Lunatic asylums Central Provinces reports 1886-1894 - 1886-1894
Year: 1886
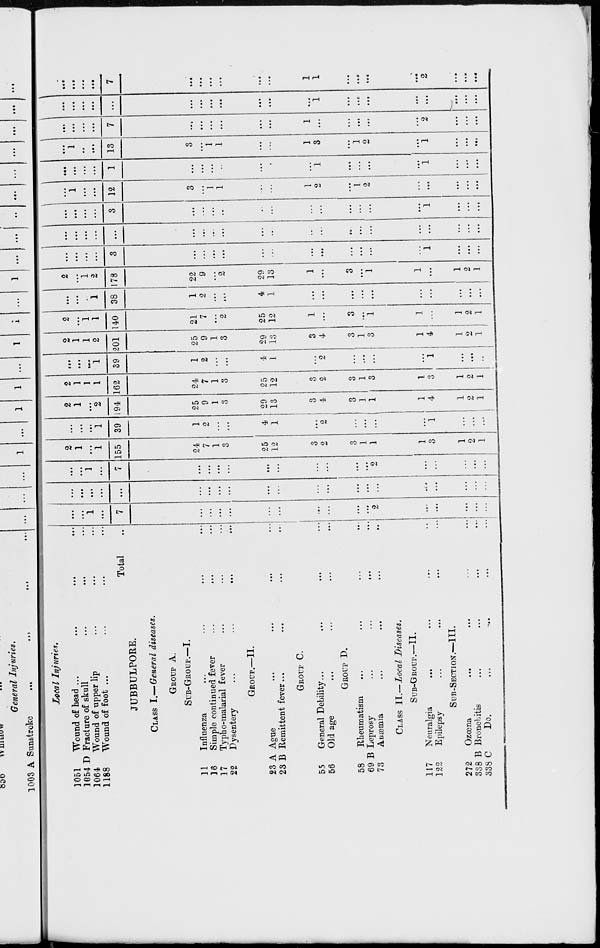
Local Injuries.
1051
Wound of head ... ... ...
1054 D Fracture of skull ... ... ...
1064
Wound of upper lip ... ... ...
1188
Wound of foot ... ... ... ...
Total ...
JUBBULPORE.
CLASS I.—General diseases.
GROUP A.
SUB-GROUP.—I.
11
Influenza ... ... ... ...
16
Simple continued fever ... ... ...
17
Typho-malarial fever ... ... ...
22
Dysentery ... ... ... ...
GROUP.—II.
23 A Ague ... ... ... ...
23 B Remittent fever
...
...
...
...
GROUP C.
55
General Debility ... ... ... ...
56
Old age ... ... ... ...
GROUP D.
58
Rheumatism ... ... ... ...
69 B Leprosy
...
...
...
...
73
Anæmia ... ... ... ...
CLASS II.— Local Diseases.
SUB-GROUP.—II.
117
Neuralgia ... ... ... ...
122
Epilepsy ... ... ... ...
SUB-SECTION.—III.
272
Ozœna ... ... ... ...
338 B Bronchitis ... ... ... ...
338 C
Do. ... ... ... ...
...
...
1
...
7
...
...
...
...
...
...
...
...
...
...
2
...
...
...
...
...
...
...
...
...
...
...
...
...
...
...
...
...
...
...
...
...
...
...
...
...
...
...
...
1
...
7
...
...
...
...
...
...
...
...
...
...
2
...
...
...
...
...
2
1
...
1
155
24
7
1
3
25
12
3
2
3
1
1
1
3
1
2
1
...
...
...
1
39
1
2
...
...
4
1
...
2
...
...
...
...
1
...
...
...
2
1
...
2
194
25
9
1
3
29
13
3
4
3
1
1
1
4
1
2
1
2
1
1
1
162
24
7
1
3
25
12
3
2
3
1
3
1
3
1
2
1
...
...
...
1
39
1
2
...
...
4
1
...
2
...
...
...
...
1
...
...
...
2
1
1
2
201
25
9
1
3
29
13
3
4
3
1
3
1
4
1
2
1
2
...
1
1
140
21
7
...
2
25
12
1
...
3
...
1
1
...
1
2
1
...
...
...
1
38
1
2
...
...
4
1
...
...
...
...
...
...
...
...
...
...
2
...
1
2
178
22
9
...
2
29
13
1
...
3
...
1
1
...
1
2
1
...
...
...
...
3
...
...
...
...
...
...
...
...
...
...
...
...
1
...
...
...
...
...
...
...
...
...
...
...
...
...
...
...
...
...
...
...
...
...
...
...
...
...
...
...
...
3
...
...
...
...
...
...
...
...
...
...
...
...
1
...
...
...
...
1
...
...
12
3
...
1
1
...
...
1
2
...
1
2
...
...
...
...
...
...
...
...
...
1
...
...
...
...
...
...
...
1
...
...
...
...
1
...
...
...
...
1
...
...
13
3
...
1
1
...
...
1
3
...
1
2
...
1
...
...
...
...
...
...
...
7
...
...
...
...
...
...
1
...
...
...
...
...
2
...
...
...
...
...
...
...
...
...
...
...
...
...
...
...
1
...
...
...
...
...
...
...
...
...
...
...
...
7
...
...
...
...
...
...
1
1
...
...
...
...
2
...
...
...